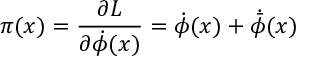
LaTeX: \pi ( x ) = \frac { \partial { \cal L } } { \partial { \dot { \phi } } ( x ) } = { \dot { \phi } } ( x ) + { \dot { \bar { \phi } } } ( x )